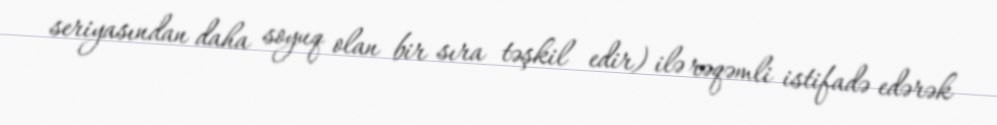
seriyasından daha soyuq olan bir sıra təşkil edir) ilə rəqəmli istifadə edərək